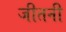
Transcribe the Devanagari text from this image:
जीतनी